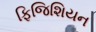
ફિજિશિયન